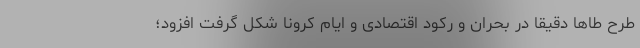
طرح طاها دقیقاً در بحران و رکود اقتصادی و ایام کرونا شکل گرفت افزود؛